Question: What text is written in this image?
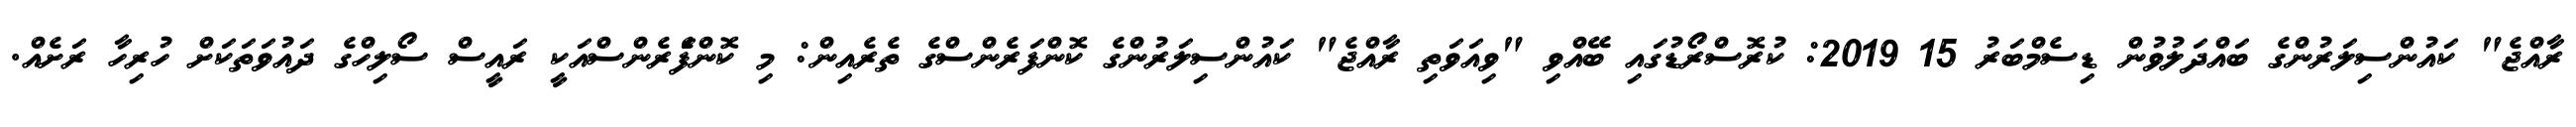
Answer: ރާއްޖެ" ކައުންސިލަރުންގެ ބައްދަލުވުން ޑިސެމްބަރު 15 2019: ކުރޮސްރޯޑުގައި ބޭއްވި "ވިއަވަތި ރާއްޖެ" ކައުންސިލަރުންގެ ކޮންފަރެންސްގެ ތެރެއިން: މި ކޮންފެަރެންސްއަކީ ރައީސް ސޯލިހްގެ ދައުވަތަކަށް ހުރިހާ ރަށެއް.